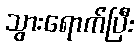
သွားရောက်ပြီး